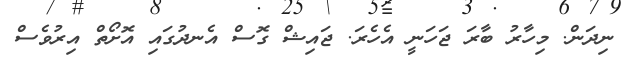
ނިދަން. މިހާރު ބާރަ ޖަހަނީ އެހެރަ. ޖައިޝް ގޮސް އެނދުގައި އޮށޯތް އިރުވެސް